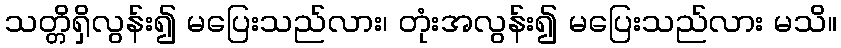
သတ္တိရှိလွန်း၍ မပြေးသည်လား၊ တုံးအလွန်း၍ မပြေးသည်လား မသိ။